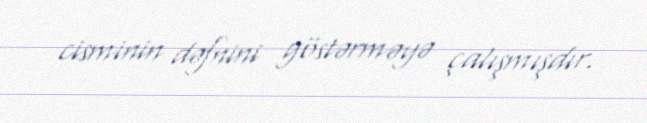
cisminin dəfnini göstərməyə çalışmışdır.